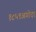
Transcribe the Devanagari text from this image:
१८५९अगोदर